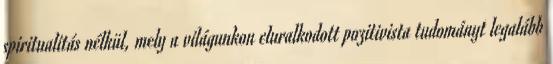
spiritualitás nélkül, mely a világunkon eluralkodott pozitivista tudományt legalább